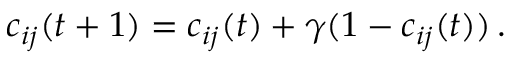
c _ { i j } ( t + 1 ) = c _ { i j } ( t ) + \gamma ( 1 - c _ { i j } ( t ) ) \, .